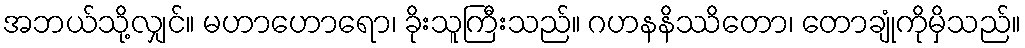
အဘယ်သို့လျှင်။ မဟာဟောရော၊ ခိုးသူကြီးသည်။ ဂဟနနိဿိတော၊ တောချုံကိုမှိသည်။